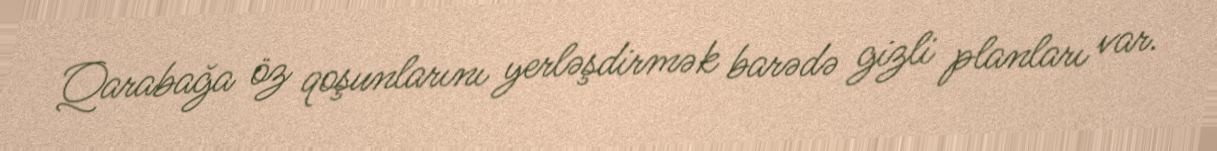
Qarabağa öz qoşunlarını yerləşdirmək barədə gizli planları var.